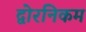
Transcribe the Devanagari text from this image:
द्वोरनिकम